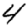
Digit: 4